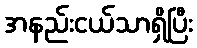
အနည်းငယ်သာရှိပြီး